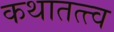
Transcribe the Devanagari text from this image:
कथातत्त्व